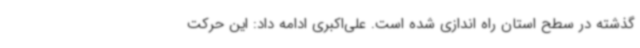
گذشته در سطح استان راه اندازی شده است. علی‌اکبری ادامه داد: این حرکت